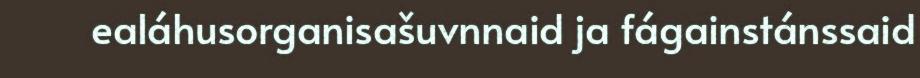
ealáhusorganisašuvnnaid ja fágainstánssaid